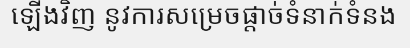
ឡើងវិញ នូវការសម្រេចផ្តាច់ទំនាក់ទំនង